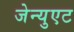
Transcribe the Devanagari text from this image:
जेन्युएट